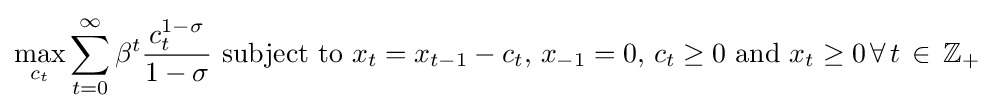
\max _{c_{t}}\sum _{t=0}^{\infty }\beta ^{t}{\frac {c_{t}^{1-\sigma }}{1-\sigma }}{\text{ subject to }}x_{t}=x_{t-1}-c_{t}{\text{, }}x_{-1}=0{\text{, }}c_{t}\geq 0{\text{ and }}x_{t}\geq 0\,\forall \,t\,\in \,\mathbb {Z} _{+}